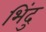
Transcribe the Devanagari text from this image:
भिंदु